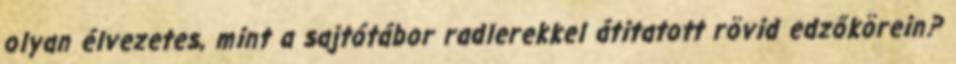
olyan élvezetes, mint a sajtótábor radlerekkel átitatott rövid edzőkörein?